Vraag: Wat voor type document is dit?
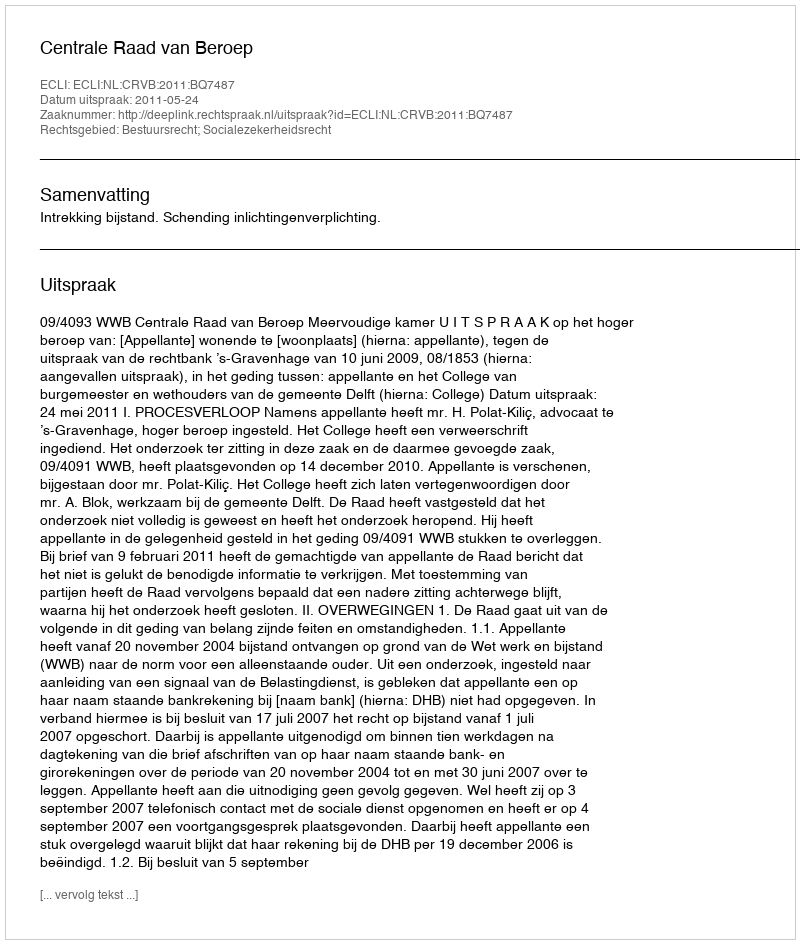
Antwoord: Uitspraak